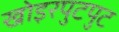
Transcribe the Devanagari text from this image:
खोइरपुटपुट